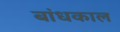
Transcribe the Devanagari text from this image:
बांधकाल